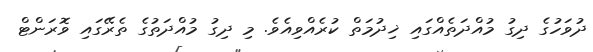
ދުވަހުގެ ދިގު މުއްދަތެއްގައި ޚިދުމަތް ކުރެއްވިއެވެ. މި ދިގު މުއްދަތުގެ ތެރޭގައި ވޮރަންޓް